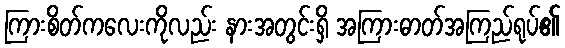
ကြားစိတ်ကလေးကိုလည်း နားအတွင်းရှိ အကြားဓာတ်အကြည်ရုပ်၏